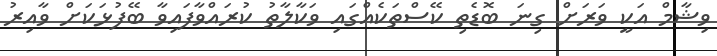
ވިޝާމް އަކީ ވަރަށް ގިނަ ބޮޑެތި ކޭސްތަކެއްގައި ވަކާލާތު ކުރައްވާފައިވާ ބޭފުޅަކަށް ވާއިރު